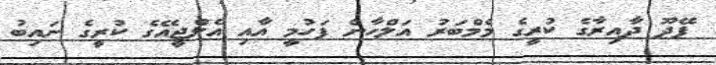
ފޭދޫ ދާއިރާގެ ކުރީގެ މެމްބަރު އަލްހާން ފަހުމީ އާއި އެލްޖީއޭގެ ކުރީގެ ނައިބު